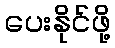
ပေးနိုင်ဖို့